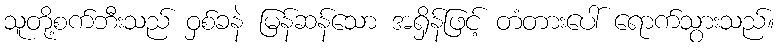
သူတို့စက်ဘီးသည် ဝှစ်ခနဲ မြန်ဆန်သော အရှိန်ဖြင့် တံတားပေါ် ရောက်သွားသည်။